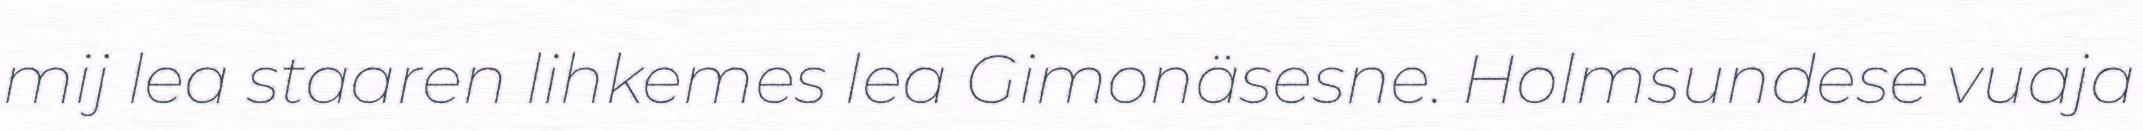
mij lea staaren lihkemes lea Gimonäsesne. Holmsundese vuaja